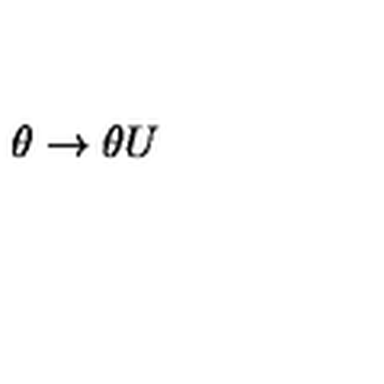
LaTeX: \theta \rightarrow \theta U